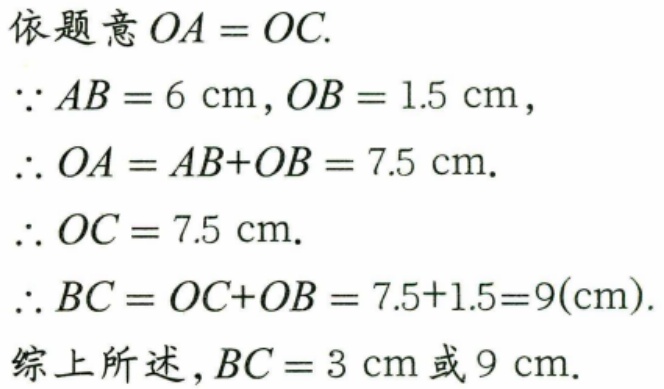
依题意\(OA = OC\).
\(\because AB = 6\mathrm{cm},OB = 1.5\mathrm{cm}\)，
\(\therefore OA = AB + OB = 7.5\mathrm{cm}\).
\(\therefore OC = 7.5\mathrm{cm}\).
\(\therefore BC = OC + OB = 7.5 + 1.5 = 9(\mathrm{cm})\).
综上所述，\(BC = 3\mathrm{cm}\)或\(9\mathrm{cm}\).